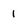
Character: 1